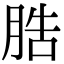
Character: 𦛩